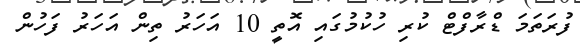
ފުރަތަމަ ޑްރާފްޓް ކުރި ހުކުމުގައި އޮތީ 10 އަހަރު ތިން އަހަރު ފަހުން